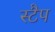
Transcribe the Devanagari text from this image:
स्टैप